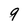
Character: 9